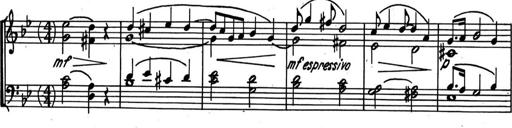
Title: Kleine Sonate
Composer: Raoul Koczalski
Key: C major